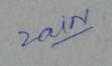
Signature authenticity: genuine